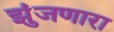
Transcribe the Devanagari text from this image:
झुंजणारा